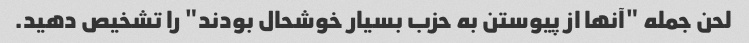
لحن جمله "آنها از پیوستن به حزب بسیار خوشحال بودند" را تشخیص دهید.